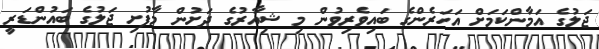
ޖަލުގެ އަމާންކަމަށް އަހަރެންގެ ބައިވެރިވުން މި ޝިއާރުގެ ދަށުން މާފުށި ޖަލުގެ ބައުންޑަރީ